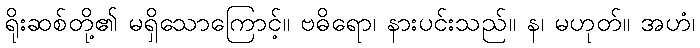
ရိုးဆစ်တို့၏ မရှိသောကြောင့်။ ဗဓိရော၊ နားပင်းသည်။ န၊ မဟုတ်။ အဟံ၊